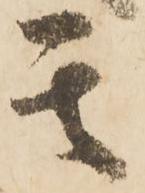
其